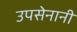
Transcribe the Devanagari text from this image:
उपसेनानी